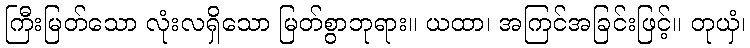
ကြီးမြတ်သော လုံးလရှိသော မြတ်စွာဘုရား။ ယထာ၊ အကြင်အခြင်းဖြင့်။ တုယှံ၊